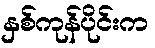
နှစ်ကုန်ပိုင်းက